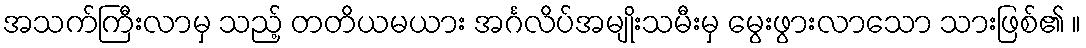
အသက်ကြီးလာမှ သည့် တတိယမယား အင်္ဂလိပ်အမျိုးသမီးမှ မွေးဖွားလာသော သားဖြစ်၏ ။